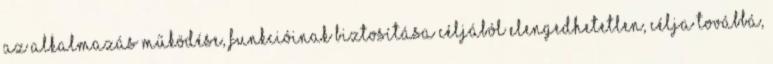
az Alkalmazás működése, funkcióinak biztosítása céljából elengedhetetlen, célja továbbá,